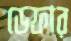
ডেফার